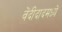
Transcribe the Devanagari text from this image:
वेंदीदादमध्यें